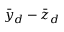
\bar { y } _ { d } - \bar { z } _ { d }